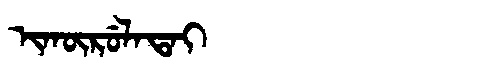
Manchu: ᡳᡴᡡᡵᡠᠯᠠᡨᠠᡳ
Romanization: IKŪRULATAI